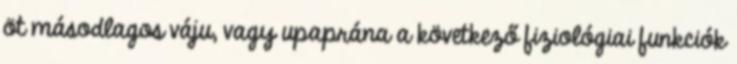
öt másodlagos váju, vagy upaprána a következő fiziológiai funkciók